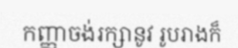
កញ្ញាចង់រក្សានូវ រូបរាងក៏